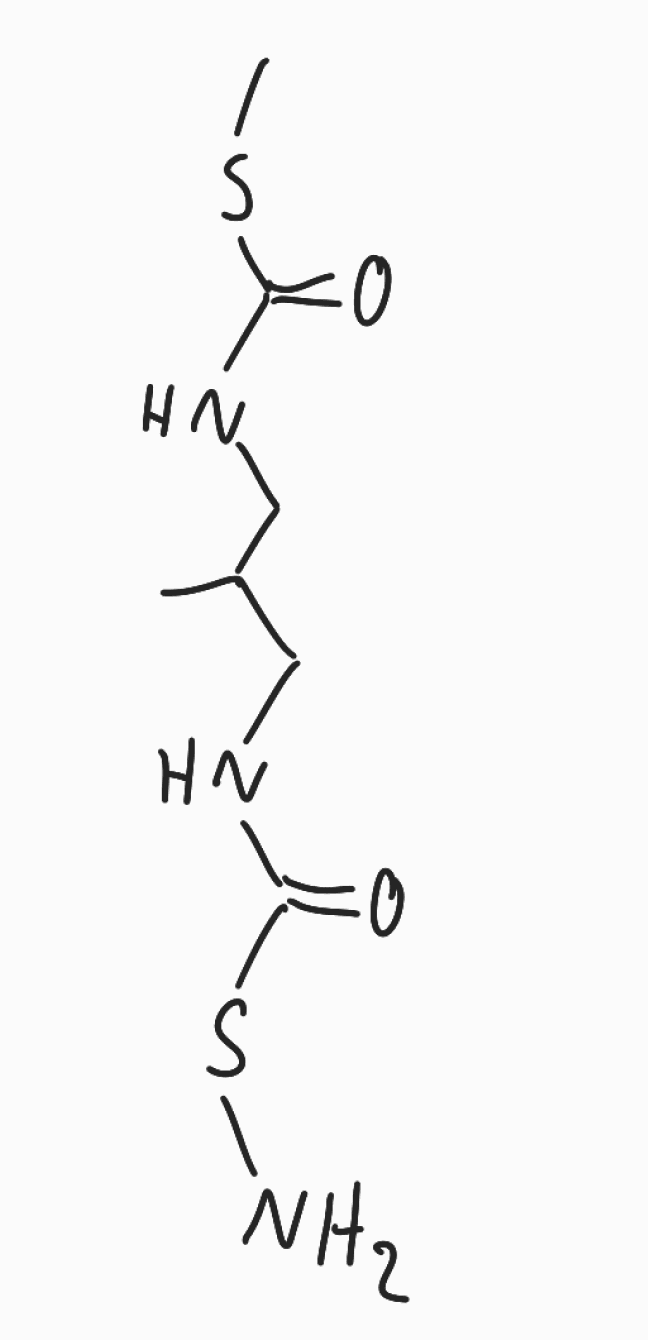
Simplified molecular-input line-entry system (SMILES) notation of the given molecule:
CC(CNC(=O)SC)CNC(=O)SN